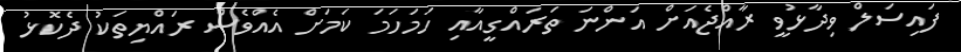
ފައިސަލް ވިދާޅުވީ ރާއްޖެއަށް އަންނަ ތަރައްގީއާއި ހަމަހަމަ ކަމަށް އެއްވެސް ރައްޔިތަކު ދެކޮޅު